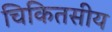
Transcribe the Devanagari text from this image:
चिकितसीय